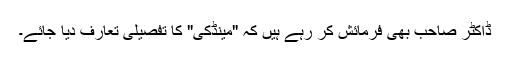
ڈاکٹر صاحب بھی فرمائش کر رہے ہیں کہ "مینڈکی" کا تفصیلی تعارف دیا جائے۔